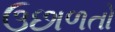
ઉછાળતો